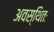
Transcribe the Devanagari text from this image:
अवस्थितः